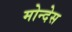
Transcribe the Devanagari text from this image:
मोन्देस